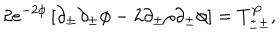
2 e ^ { - 2 \phi } \left[ \partial _ { \pm } \partial _ { \pm } \phi - 2 \partial _ { \pm } \rho \partial _ { \pm } \phi \right] = T _ { \pm \pm } ^ { P } ,